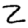
Digit: 2